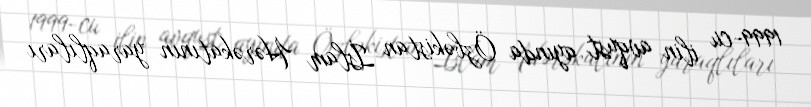
1999-cu ilin avqust ayında Özbəkistan İslam Hərəkatının yaraqlıları